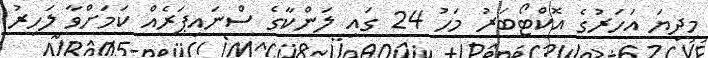
މިދިޔަ އަހަރުގެ އޮކްޓޯބަރު މަހު 24 ގައި ލަންކާގެ ސްނައިޕަރެއް ކަމަށްވާ ލަހިރު